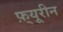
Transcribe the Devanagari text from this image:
फ़्यूरीन